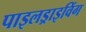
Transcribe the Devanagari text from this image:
पाइलड्राइविंग